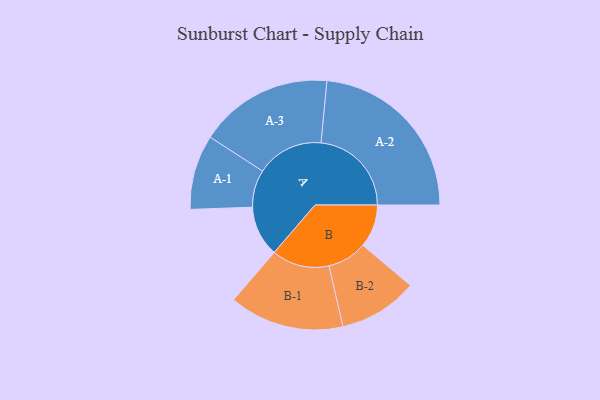
{"axis": {"x": "Segment", "y": "Value"}, "legend": ["", "A", "B"], "data": [{"x": "A", "y": 164, "type": ""}, {"x": "B", "y": 139, "type": ""}, {"x": "A-1", "y": 121, "type": "A"}, {"x": "A-2", "y": 293, "type": "A"}, {"x": "A-3", "y": 217, "type": "A"}, {"x": "B-1", "y": 186, "type": "B"}, {"x": "B-2", "y": 128, "type": "B"}]}